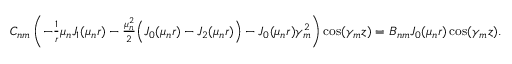
\begin{array} { r } { C _ { n m } \left( - \frac { 1 } { r } \mu _ { n } J _ { 1 } ( \mu _ { n } r ) - \frac { \mu _ { n } ^ { 2 } } { 2 } \Big ( J _ { 0 } ( \mu _ { n } r ) - J _ { 2 } ( \mu _ { n } r ) \Big ) - J _ { 0 } ( \mu _ { n } r ) \gamma _ { m } ^ { 2 } \right) \cos ( \gamma _ { m } z ) = B _ { n m } J _ { 0 } ( \mu _ { n } r ) \cos ( \gamma _ { m } z ) . } \end{array}